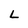
Character: L